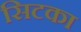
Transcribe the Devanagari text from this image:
सिटका